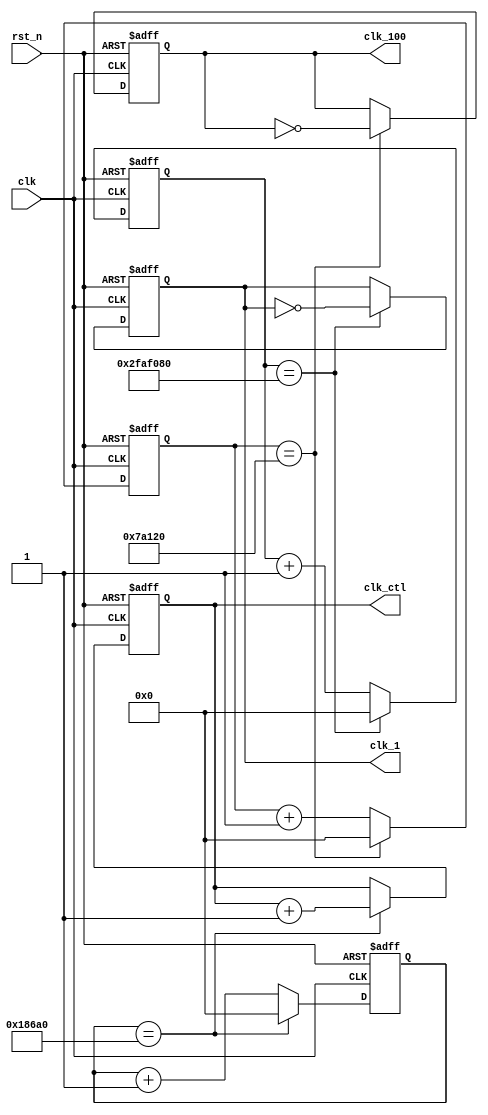
`timescale 1ns / 1ps
//////////////////////////////////////////////////////////////////////////////////
// Company: 
// Engineer: 
// 
// Design Name: 
// Module Name: clock_generator
// Project Name: 
// Target Devices: 
// Tool Versions: 
// Description: 
// 
// Dependencies: 
// 
// Revision:
// Revision 0.01 - File Created
// Additional Comments:
// 
//////////////////////////////////////////////////////////////////////////////////


module clock_generator(
    clk,    //clock from crystal
    rst_n,  //active low reset
    clk_1,  //generated 1Hz clock
    clk_100, //generated 100Hz clock
    clk_ctl //scan control
);
input clk;
input rst_n;
output clk_1;
output clk_100;
output [1:0] clk_ctl;
reg clk_1;
reg clk_100;
reg [1:0] clk_ctl;

reg [26:0] count_50M, count_50M_next;
reg [26:0] count_500k, count_500k_next;
reg [26:0] count_100k, count_100k_next;
reg clk_1_next;
reg clk_100_next;
reg [1:0] clk_ctl_next;

always @*
    if (count_100k == 27'd100000)   //for display
    begin
        count_100k_next = 27'd0;
        clk_ctl_next = clk_ctl + 2'b1;
    end
    else
    begin
        count_100k_next = count_100k + 1'b1;
        clk_ctl_next = clk_ctl;
    end

always @(posedge clk or negedge rst_n)
    if (~rst_n)
    begin
        count_100k <= 27'd0;
        clk_ctl <= 2'b0;
    end
    else
    begin
        count_100k <= count_100k_next;
        clk_ctl <= clk_ctl_next;
    end
 
always @*
    if (count_50M == 27'd50000000)
    begin
        count_50M_next = 27'd0;
        clk_1_next = ~clk_1;
    end
    else
    begin
        count_50M_next = count_50M + 1'b1;
        clk_1_next = clk_1;
    end

always @(posedge clk or negedge rst_n)
    if (~rst_n)
    begin
        count_50M <= 27'd0;
        clk_1 <= 1'b0;
    end
    else
    begin
        count_50M <= count_50M_next;
        clk_1 <= clk_1_next;
    end

always @*
    if (count_500k == 27'd500000)
    begin
        count_500k_next = 27'd0;
        clk_100_next = ~clk_100;
    end
    else
    begin
        count_500k_next = count_500k + 1'b1;
        clk_100_next = clk_100;
    end

always @(posedge clk or negedge rst_n)
    if (~rst_n)
    begin
        count_500k <= 27'd0;
        clk_100 <= 1'b0;
    end
    else
    begin
        count_500k <= count_500k_next;
        clk_100 <= clk_100_next;
    end
endmodule